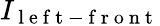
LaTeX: I_{\mathrm{~l~e~f~t~-~f~r~o~n~t~}}